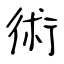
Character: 術